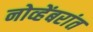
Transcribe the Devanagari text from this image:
नोव्हेंबरांत